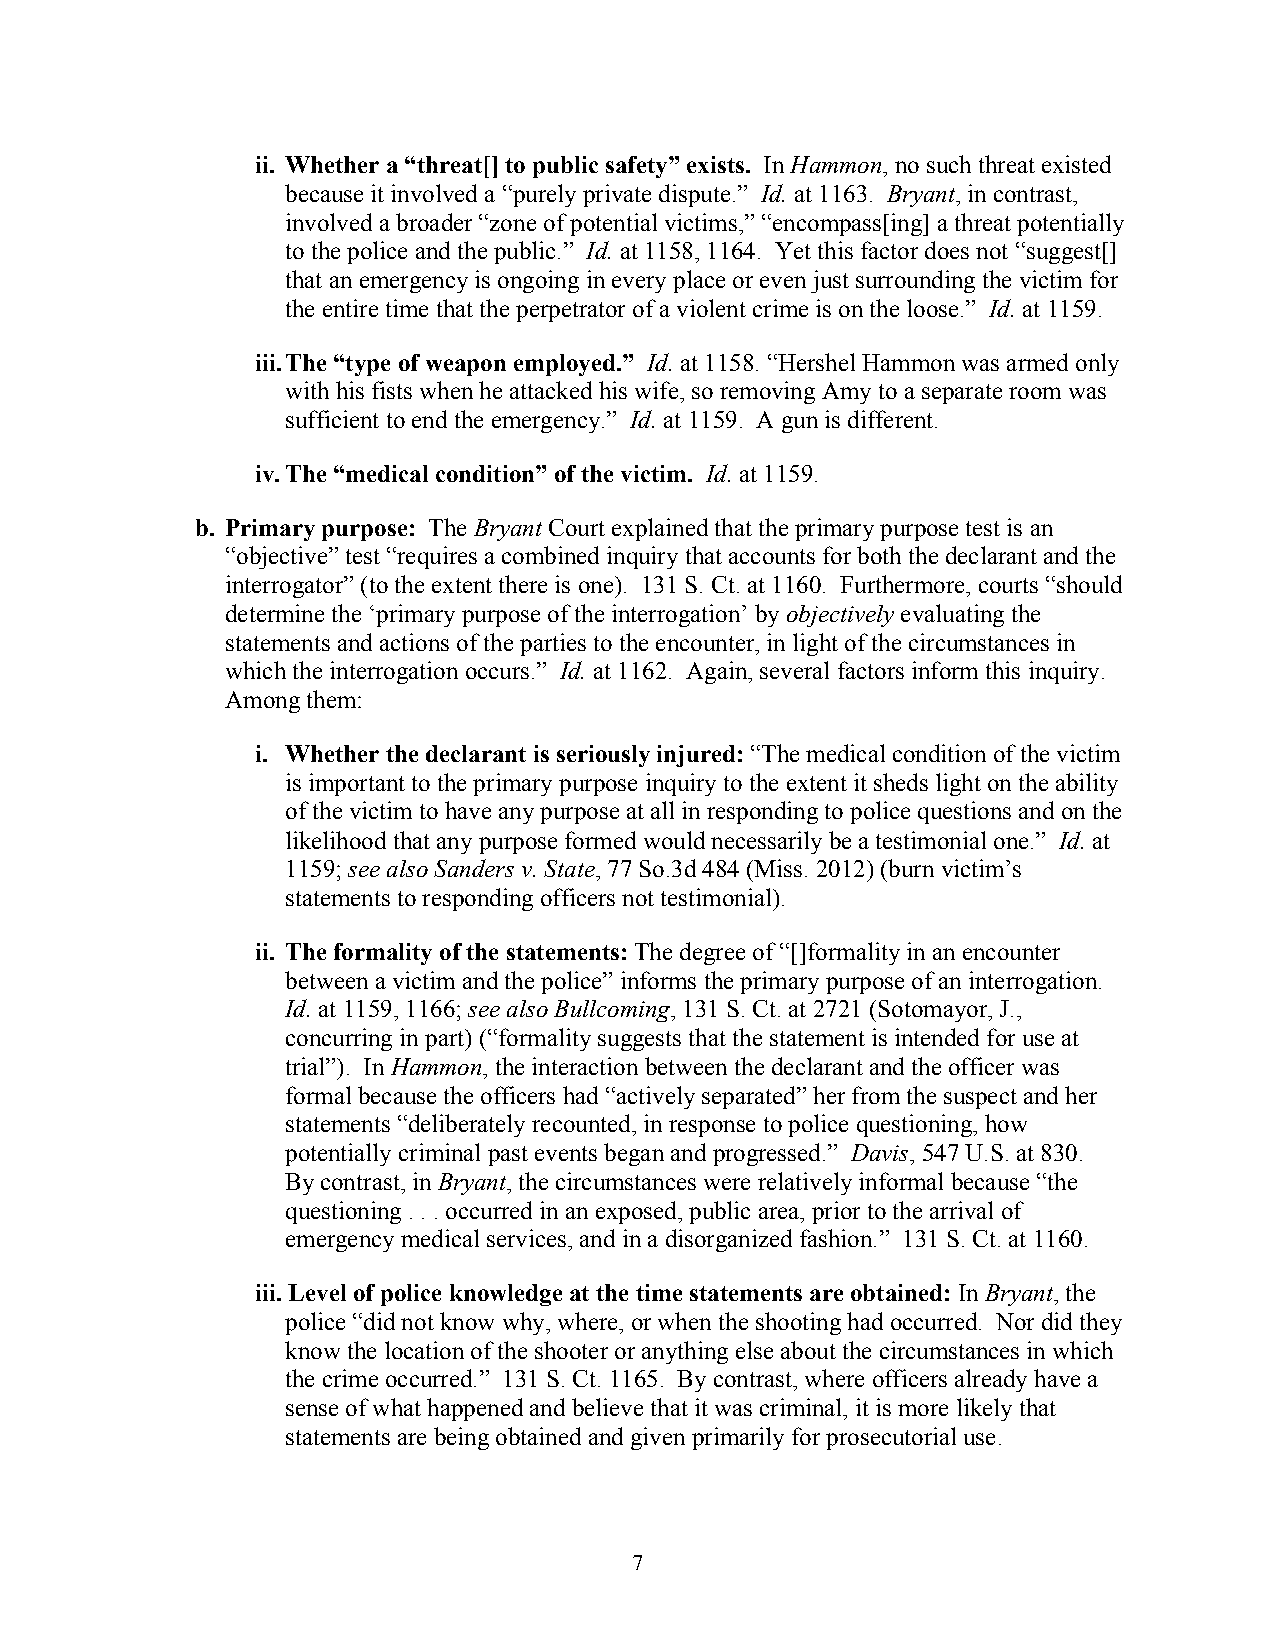
ii. Whether a “threat[] to public safety” exists. In Hammon, no such threat existed
 because it involved a “purely private dispute.” Id. at 1163. Bryant, in contrast,
 involved a broader “zone of potential victims,” “encompass[ing] a threat potentially
 to the police and the public.” Id. at 1158, 1164. Yet this factor does not “suggest[]
 that an emergency is ongoing in every place or even just surrounding the victim for
 the entire time that the perpetrator of a violent crime is on the loose.” Id. at 1159.
 iii. The “type of weapon employed.” Id. at 1158. “Hershel Hammon was armed only
 with his fists when he attacked his wife, so removing Amy to a separate room was
 sufficient to end the emergency.” Id. at 1159. A gun is different.
 iv. The “medical condition” of the victim. Id. at 1159.
 b. Primary purpose: The Bryant Court explained that the primary purpose test is an
 “objective” test “requires a combined inquiry that accounts for both the declarant and the
 interrogator” (to the extent there is one). 131 S. Ct. at 1160. Furthermore, courts “should
 determine the ‘primary purpose of the interrogation’ by objectively evaluating the
 statements and actions of the parties to the encounter, in light of the circumstances in
 which the interrogation occurs.” Id. at 1162. Again, several factors inform this inquiry.
 Among them:
 i. Whether the declarant is seriously injured: “The medical condition of the victim
 is important to the primary purpose inquiry to the extent it sheds light on the ability
 of the victim to have any purpose at all in responding to police questions and on the
 likelihood that any purpose formed would necessarily be a testimonial one.” Id. at
 1159; see also Sanders v. State, 77 So.3d 484 (Miss. 2012) (burn victim’s
 statements to responding officers not testimonial).
 ii. The formality of the statements: The degree of “[]formality in an encounter
 between a victim and the police” informs the primary purpose of an interrogation.
 Id. at 1159, 1166; see also Bullcoming, 131 S. Ct. at 2721 (Sotomayor, J.,
 concurring in part) (“formality suggests that the statement is intended for use at
 trial”). In Hammon, the interaction between the declarant and the officer was
 formal because the officers had “actively separated” her from the suspect and her
 statements “deliberately recounted, in response to police questioning, how
 potentially criminal past events began and progressed.” Davis, 547 U.S. at 830.
 By contrast, in Bryant, the circumstances were relatively informal because “the
 questioning . . . occurred in an exposed, public area, prior to the arrival of
 emergency medical services, and in a disorganized fashion.” 131 S. Ct. at 1160.
 iii. Level of police knowledge at the time statements are obtained: In Bryant, the
 police “did not know why, where, or when the shooting had occurred. Nor did they
 know the location of the shooter or anything else about the circumstances in which
 the crime occurred.” 131 S. Ct. 1165. By contrast, where officers already have a
 sense of what happened and believe that it was criminal, it is more likely that
 statements are being obtained and given primarily for prosecutorial use.
 7